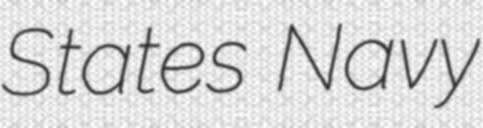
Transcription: States Navy